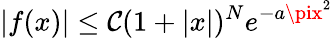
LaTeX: |f(x)|\leq\mathcal{C}(1+|x|)^{N}e^{-a\pix^{2}}